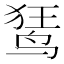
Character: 𫛭